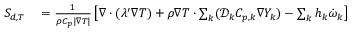
\begin{array} { r l } { S _ { d , T } } & { { } = \frac { 1 } { \rho C _ { p } | \nabla T | } \left[ \nabla \cdot ( \lambda ^ { \prime } \nabla T ) + \rho \nabla T \cdot \sum _ { k } ^ { } ( \mathcal { D } _ { k } C _ { p , k } \nabla Y _ { k } ) - \sum _ { k } ^ { } h _ { k } \dot { \omega } _ { k } \right] } \end{array}